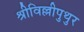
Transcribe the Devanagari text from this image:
श्रीविल्लीपुथुर